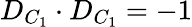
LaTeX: D_{C_{1}}\cdot D_{C_{1}}=-1